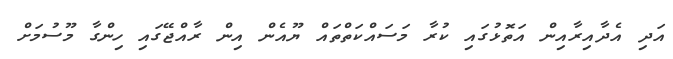
އަދި އެދާއިރާއިން އަތޮޅުގައި ކުރާ މަސައްކަތްތައް ޔޫއެން އިން ރާއްޖޭގައި ހިންގާ މޫސުމަށް